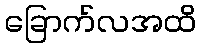
ခြောက်လအထိ